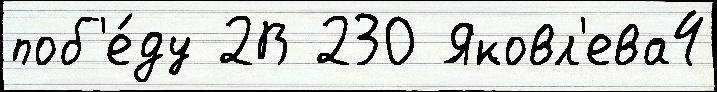
поб'е́ду 2В 230 Яковл'ева4